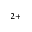
^ { 2 + }